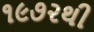
૧૯૭૨થી